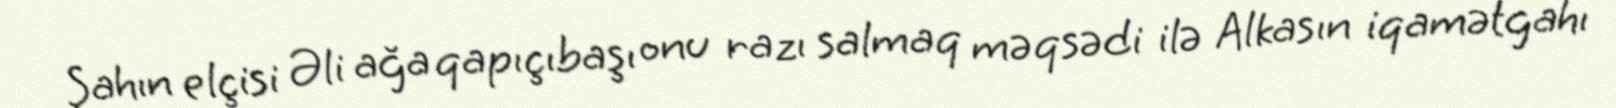
Şahın elçisi Əli ağa qapıçıbaşı onu razı salmaq məqsədi ilə Alkasın iqamətgahı